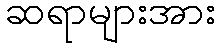
ဆရာများအား